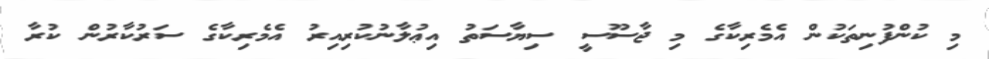
މި ކުންފުނިތަކުން އެމެރިކާގެ މި ޖާސޫސީ ސިޔާސަތު އިޢުލާނުކުރިއިރު އެމެރިކާގެ ސަރުކާރުން ކުރާ